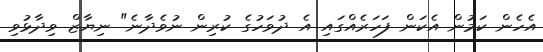
އެހެން ކަމުން އެކަން ފަހަރެއްގައި އެ ދުވަހުގެ ކުރިން ނުވެދާނެ" ނިޔާޒް ވިދާޅުވި